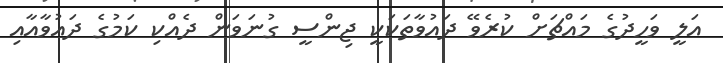
އަލީ ވަހީދުގެ މައްޗަށް ކުރެވޭ ދައުވާތަކަކީ ޖިންސީ ގުނަވަން ދެއްކި ކަމުގެ ދައުވާއާއި